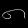
Digit: ၈